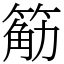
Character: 䈥